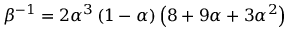
\beta ^ { - 1 } = 2 \alpha ^ { 3 } \left( 1 - \alpha \right) \left( 8 + 9 \alpha + 3 \alpha ^ { 2 } \right)